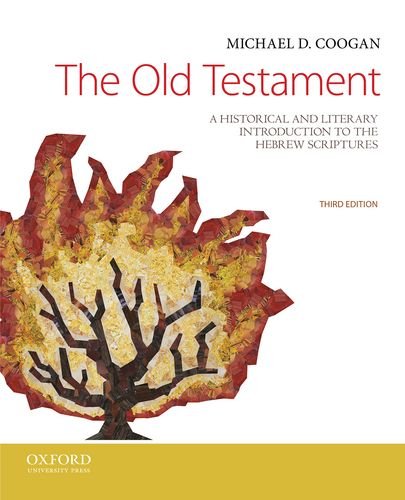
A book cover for The Old Testament: A Historical and Literary Introduction to the Hebrew Scriptures; Michael D. Coogan; Reference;